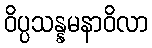
ဝိပ္ပသန္နမနာဝိလာ